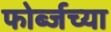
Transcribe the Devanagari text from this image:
फोर्ब्जच्या